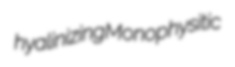
hyalinizing Monophysitic